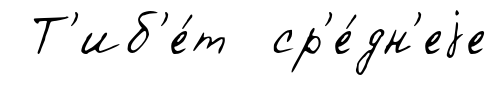
Т'иб'е́т ср'е́дн'еjе